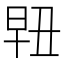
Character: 𰖀